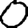
Digit: 0